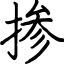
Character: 掺